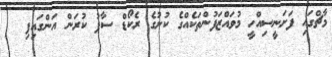
މާޗްގައި ފަށަނީސިއްހީ މުވައްޒަފުންތަކެއްގެ ކުށުގެ ރެކޯޑް ސާފު ކުރަން އަންގައިފި